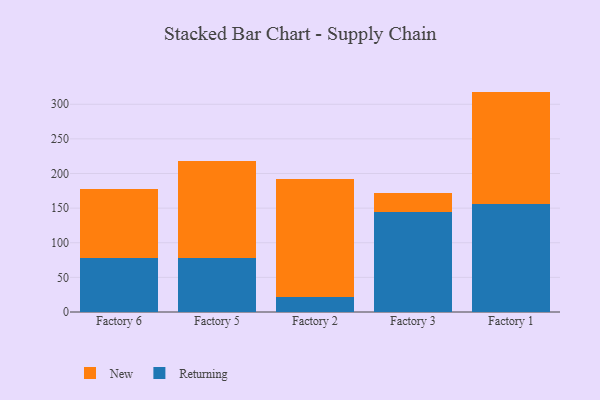
{"axis": {"x": "Factory", "y": "Net Income (USD K)"}, "legend": ["New", "Returning"], "data": [{"x": "Factory 6", "y": 78.3, "type": "Returning"}, {"x": "Factory 6", "y": 99.1, "type": "New"}, {"x": "Factory 5", "y": 78.7, "type": "Returning"}, {"x": "Factory 5", "y": 139.7, "type": "New"}, {"x": "Factory 2", "y": 21.0, "type": "Returning"}, {"x": "Factory 2", "y": 171.8, "type": "New"}, {"x": "Factory 3", "y": 145.0, "type": "Returning"}, {"x": "Factory 3", "y": 27.1, "type": "New"}, {"x": "Factory 1", "y": 156.4, "type": "Returning"}, {"x": "Factory 1", "y": 161.9, "type": "New"}]}